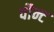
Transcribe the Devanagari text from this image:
वौन्ट